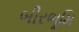
બીરભૂમિ